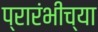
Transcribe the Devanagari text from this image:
प्रारंभीच्‍या